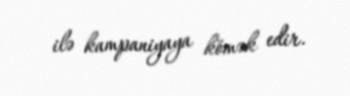
ilə kampaniyaya kömək edir.